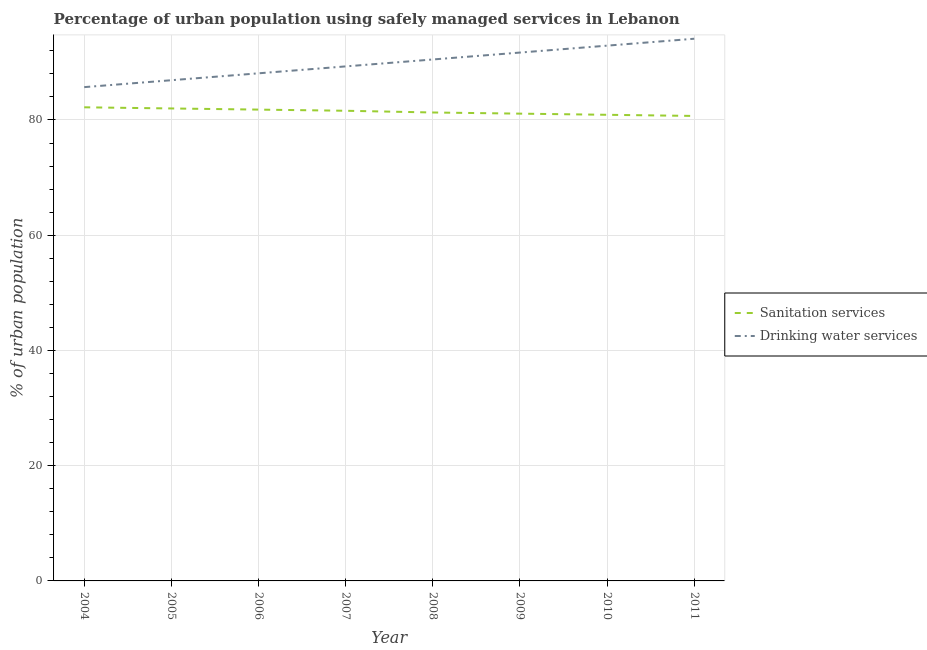
| Year | Sanitation services | Drinking water services |
 | --- | --- | --- |
 | 2004 | 82.2 | 85.7 |
 | 2005 | 82 | 86.9 |
 | 2006 | 81.8 | 88.1 |
 | 2007 | 81.6 | 89.3 |
 | 2008 | 81.3 | 90.5 |
 | 2009 | 81.1 | 91.7 |
 | 2010 | 80.9 | 92.9 |
 | 2011 | 80.7 | 94.1 |